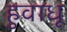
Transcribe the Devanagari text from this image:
हुवाधू